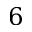
6